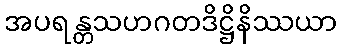
အပရန္တသဟဂတဒိဋ္ဌိနိဿယာ